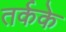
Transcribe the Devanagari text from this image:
तर्कके